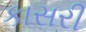
કાસરી